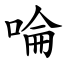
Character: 㖮